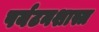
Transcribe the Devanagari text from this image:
पर्यटनशास्त्र